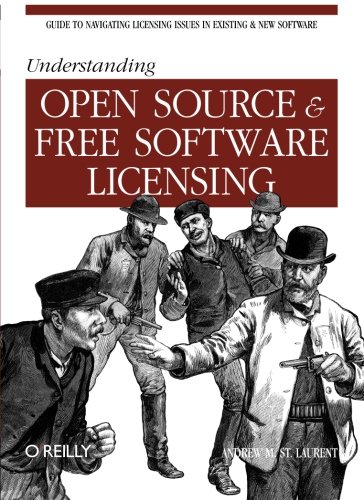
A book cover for Understanding Open Source and Free Software Licensing; Andrew M. St. Laurent; Test Preparation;